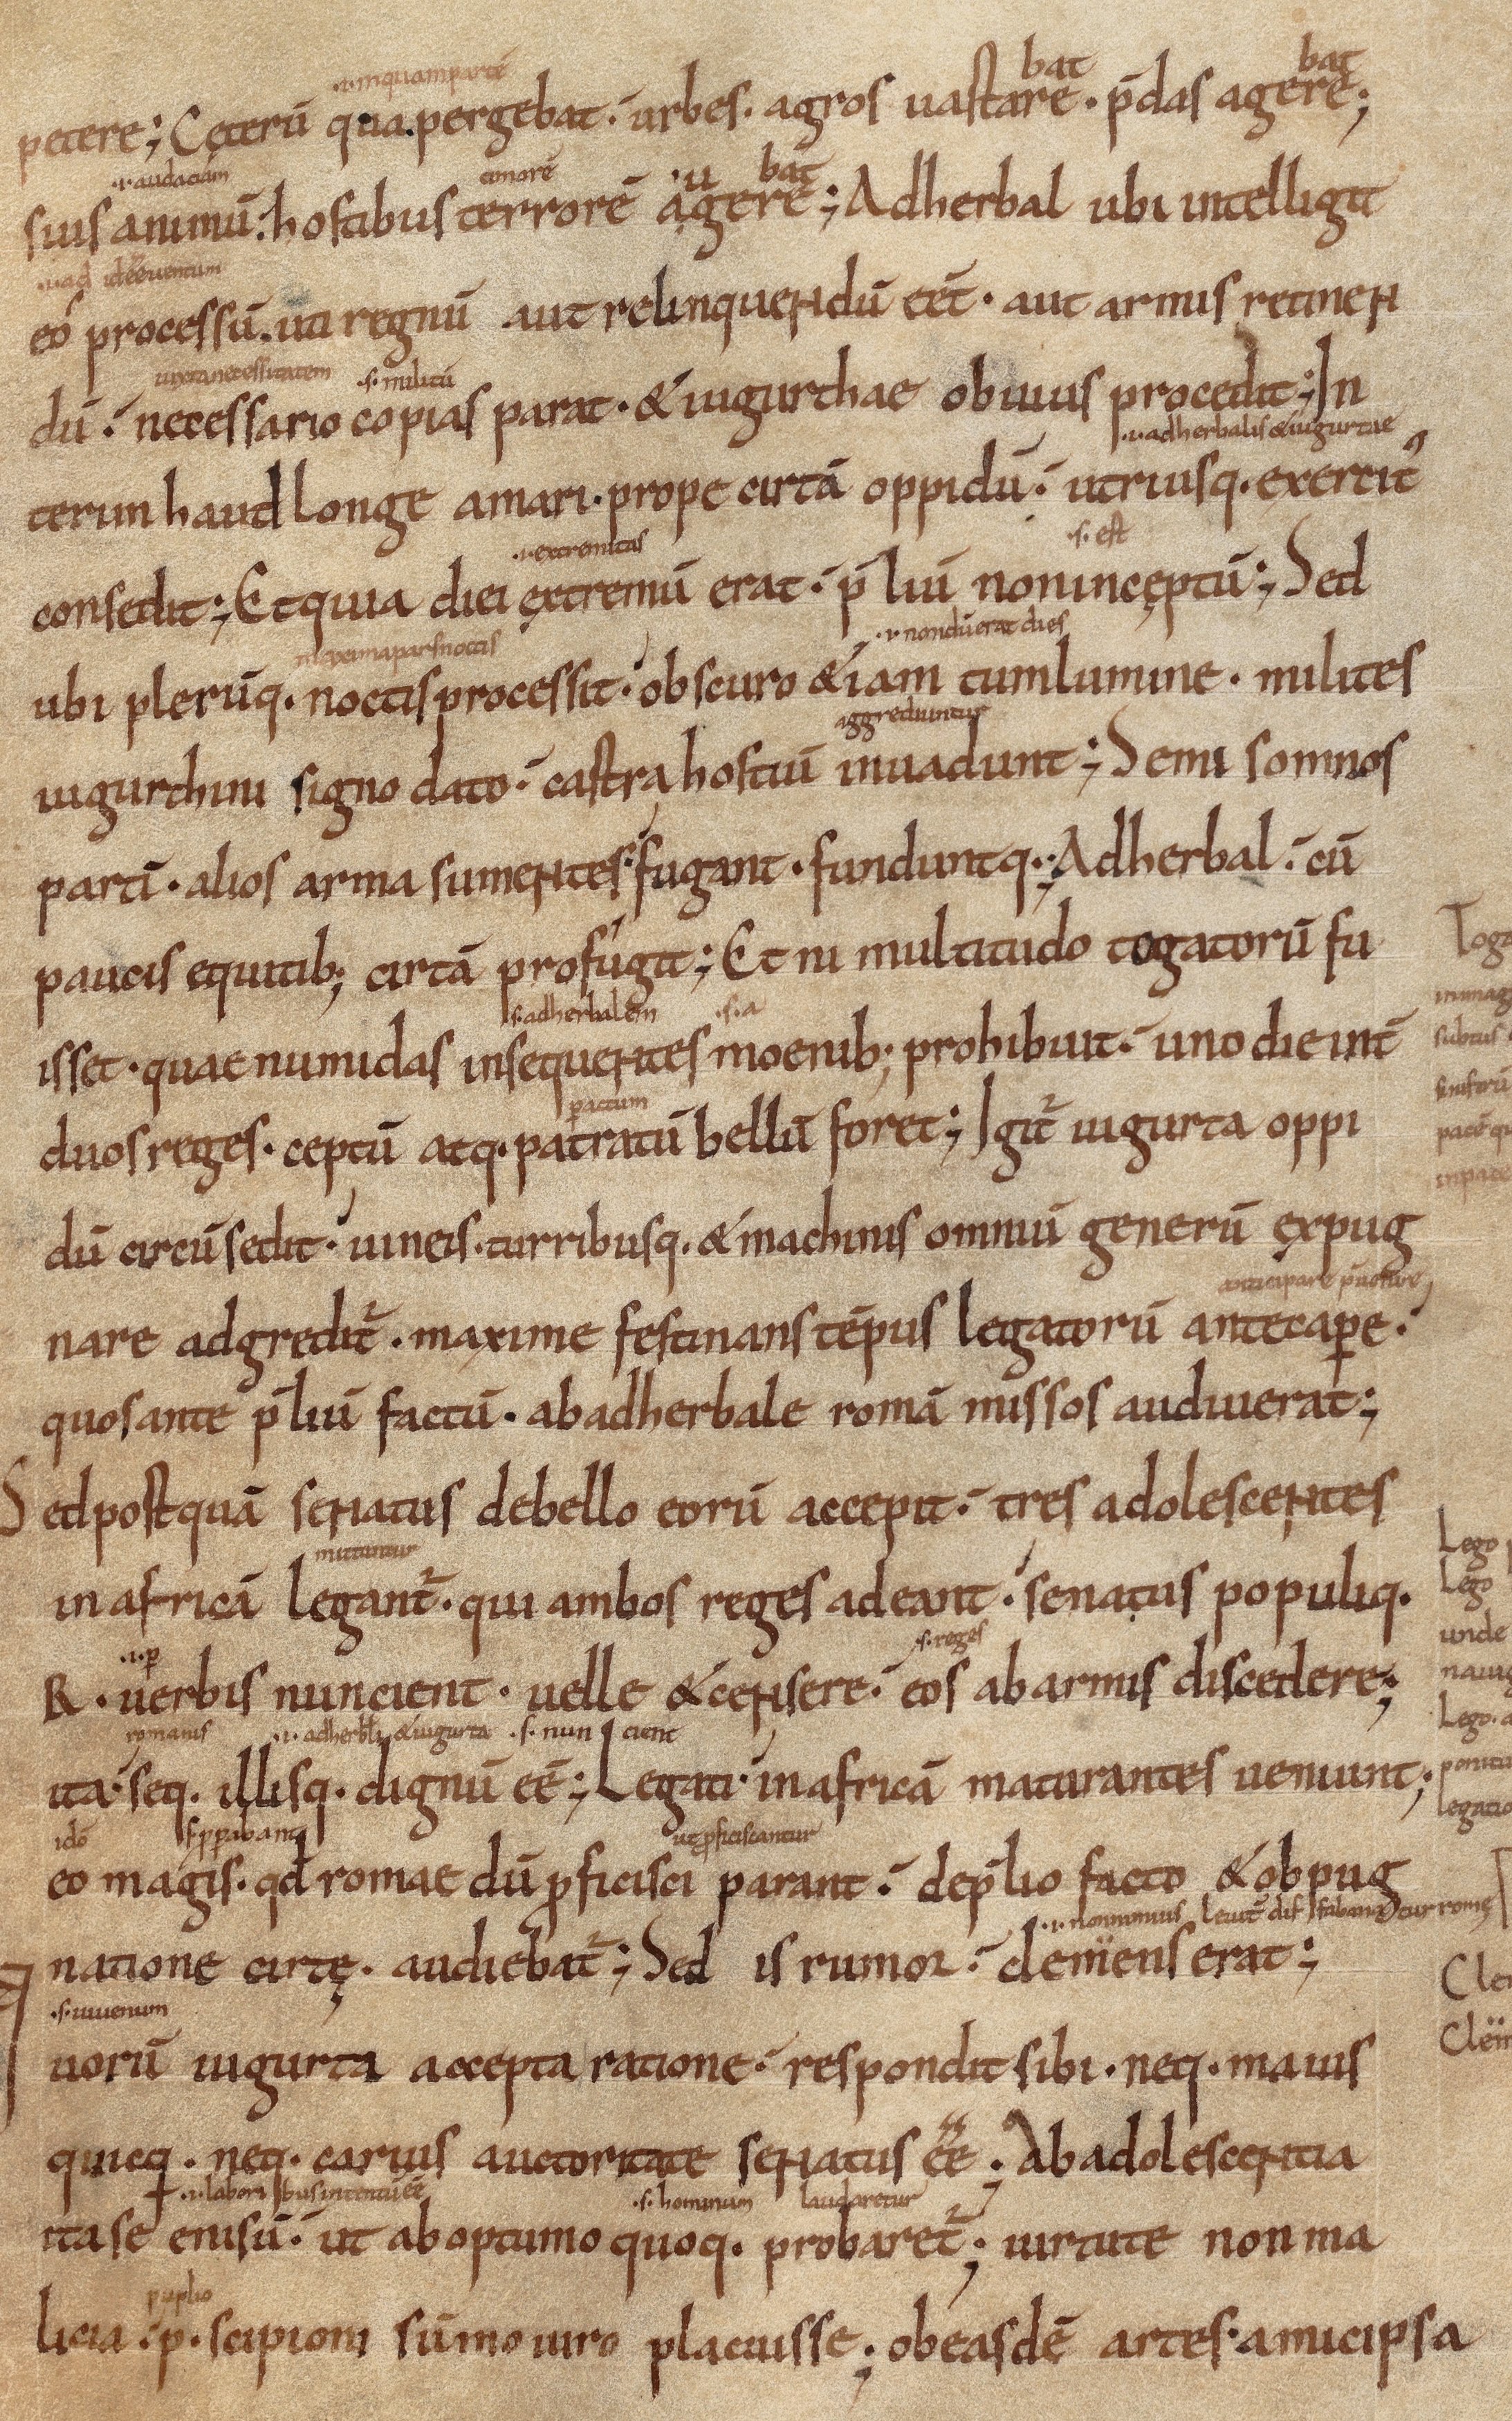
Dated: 1000–1099